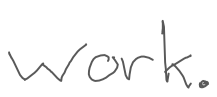
Text: work.
Cross-out: clean
Writing tool: digital_gray